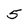
Character: 5